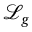
\mathcal { L } _ { g }